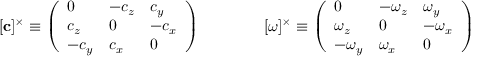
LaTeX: [ \mathbf { c } ] ^ { \times } \equiv \left( { \begin{array} { l l l } { 0 } & { - c _ { z } } & { c _ { y } } \\ { c _ { z } } & { 0 } & { - c _ { x } } \\ { - c _ { y } } & { c _ { x } } & { 0 } \end{array} } \right) \qquad \qquad [ \mathbf { \boldsymbol { \omega } } ] ^ { \times } \equiv \left( { \begin{array} { l l l } { 0 } & { - \omega _ { z } } & { \omega _ { y } } \\ { \omega _ { z } } & { 0 } & { - \omega _ { x } } \\ { - \omega _ { y } } & { \omega _ { x } } & { 0 } \end{array} } \right)